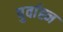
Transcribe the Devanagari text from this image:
पुर्वाह्न